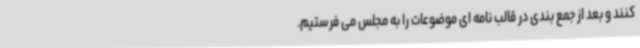
کنند و بعد از جمع بندی در قالب نامه ای موضوعات را به مجلس می فرستیم.